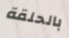
بالحلقة